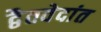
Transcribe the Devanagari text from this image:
द्वैतवेदांत